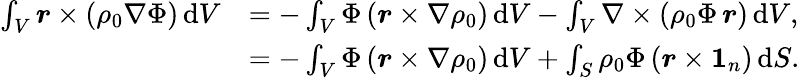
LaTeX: \begin{array}{rl}{\int_{V}\boldsymbol{r}\times(\rho_{0}\nabla\Phi)\, \mathrm{d}V}&{=-\int_{V}\Phi\, (\boldsymbol{r}\times\nabla\rho_{0})\, \mathrm{d}V-\int_{V}\nabla\times\left(\rho_{0}\Phi\, \boldsymbol{r}\right)\, \mathrm{d}V,}\\ &{=-\int_{V}\Phi\, (\boldsymbol{r}\times\nabla\rho_{0})\, \mathrm{d}V+\int_{S}\rho_{0}\Phi\, (\boldsymbol{r}\times\boldsymbol{1}_{n})\, \mathrm{d}S.}\end{array}